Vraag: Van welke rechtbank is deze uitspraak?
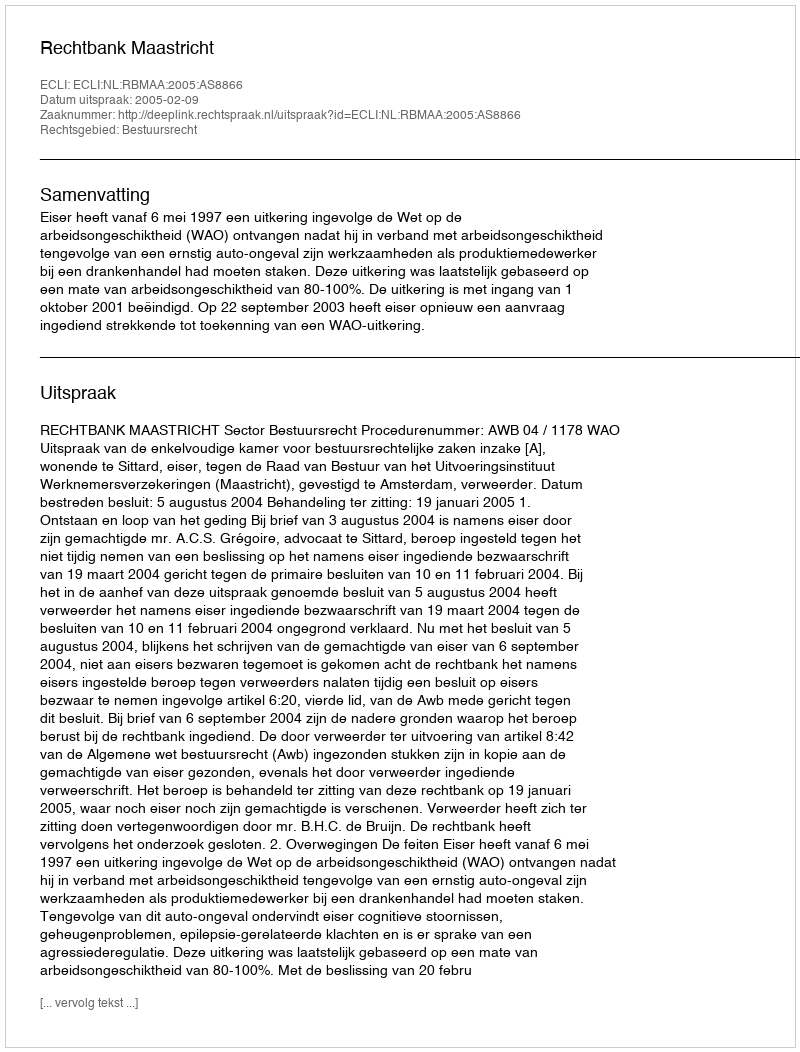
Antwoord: Rechtbank Maastricht